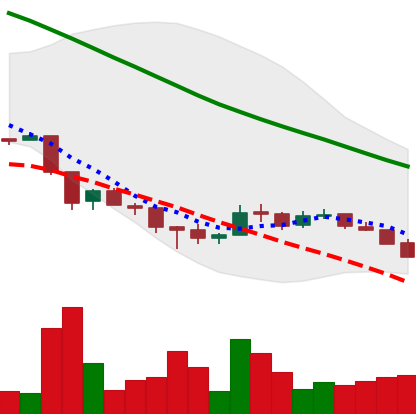
Ticker: ADA-USD
Chart end date: 2018-12-06
Forward return: -4.049%
Label: down_3_5